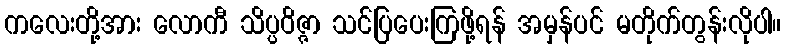
ကလေးတို့အား လောကီ သိပ္ပဝိဇ္ဇာ သင်ပြပေးကြဖို့ရန် အမှန်ပင် မတိုက်တွန်းလိုပါ။